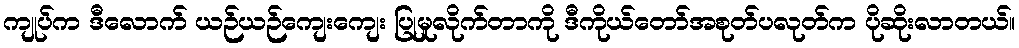
ကျုပ်က ဒီလောက် ယဉ်ယဉ်ကျေးကျေး ပြုမှုလိုက်တာကို ဒီကိုယ်တော်အစုတ်ပလုတ်က ပိုဆိုးလာတယ်။